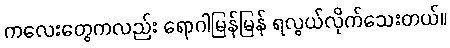
ကလေးတွေကလည်း ရောဂါမြန်မြန် ရလွယ်လိုက်သေးတယ်။